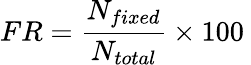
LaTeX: FR=\frac{N_{fixed}}{N_{total}}\times 100\